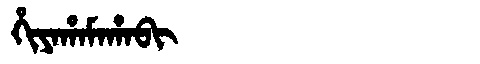
Manchu: ᡥᡳᠶᠠᡥᠠᠮᠠᡥᠠᠪᡳ
Romanization: HIYAHAMAHABI